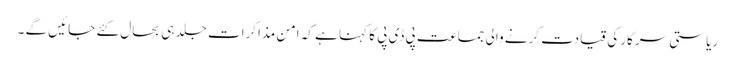
ریاستی سرکار کی قیادت کرنے والی جماعت پی ڈی پی کا کہنا ہے کہ امن مذاکرات جلد ہی بحال کئے جائیں گے ۔